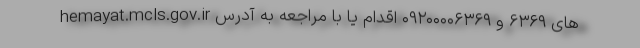
های ۶۳۶۹ و ۰۹۲۰۰۰۰۶۳۶۹ اقدام یا با مراجعه به آدرس hemayat.mcls.gov.ir